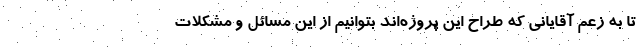
تا به زعم آقایانی که طراح این پروژه‌اند بتوانیم از این مسائل و مشکلات